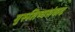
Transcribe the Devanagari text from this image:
गुरूशिष्यसंवाद